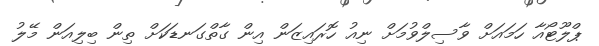
ޕްލޫޓޯއާ ހަމައަށް ވާސިލްވުމަށް ނިއު ހޮރައިޒަން އިން ގާތްގަނޑަކަށް ތިން ބިލިއަން މޭލު